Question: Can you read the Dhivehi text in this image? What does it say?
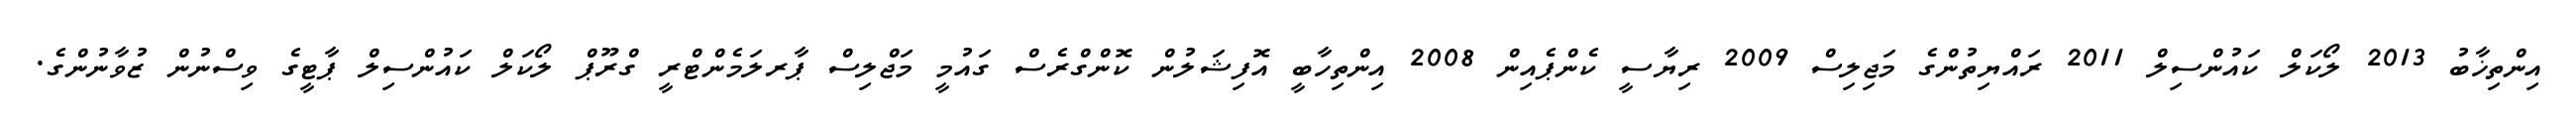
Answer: އިންތިޚާބު 2013 ލޯކަލް ކައުންސިލް 2011 ރައްޔިތުންގެ މަޖިލިސް 2009 ރިޔާސީ ކެންޕެއިން 2008 އިންތިހާބީ އޮފިޝަލުން ކޮންގްރެސް ގައުމީ މަޖްލިސް ޕާރލަމެންޓްރީ ގްރޫޕް ލޯކަލް ކައުންސިލް ޕާޓީގެ ވިސްނުން ޒުވާނުންގެ.